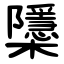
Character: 櫽